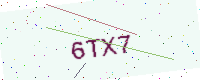
Text: 6TX7